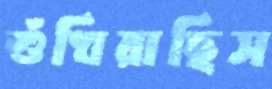
শুঁখিয়াছিস